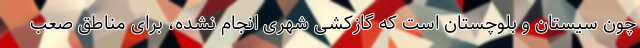
چون سیستان و بلوچستان است که گازکشی شهری انجام نشده، برای مناطق صعب